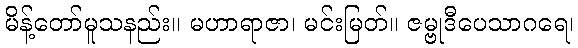
မိန့်တော်မူသနည်း။ မဟာရာဇာ၊ မင်းမြတ်။ ဇမ္ဗုဒီပေသာဂရေ၊